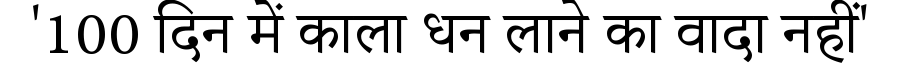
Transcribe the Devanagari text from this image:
'100 दिन में काला धन लाने का वादा नहीं'